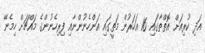
އަދި ކުރިއަށް އޮތްތާގައި 16 އަހަރުން މަތީގައި އަންހެނުންނާއި ފިރިހެނުންގެ މައްޗަށް ހިމެނޭ